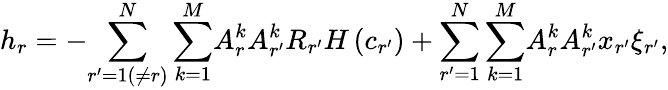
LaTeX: h_{r}=-{\sum_{r^{\prime}=1(\neq r)}^{N}\sum_{k=1}^{M}}A_{r}^{k}A_{r^{\prime}}^{k}R_{r^{\prime}}H\left(c_{r^{\prime}}\right)+{\sum_{r^{\prime}=1}^{N}\sum_{k=1}^{M}}A_{r}^{k}A_{r^{\prime}}^{k}x_{r^{\prime}}\xi_{r^{\prime}},